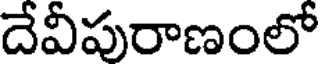
దేవీపురాణంలో